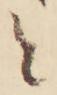
と